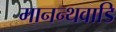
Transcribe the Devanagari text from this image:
मानन्थवाडि